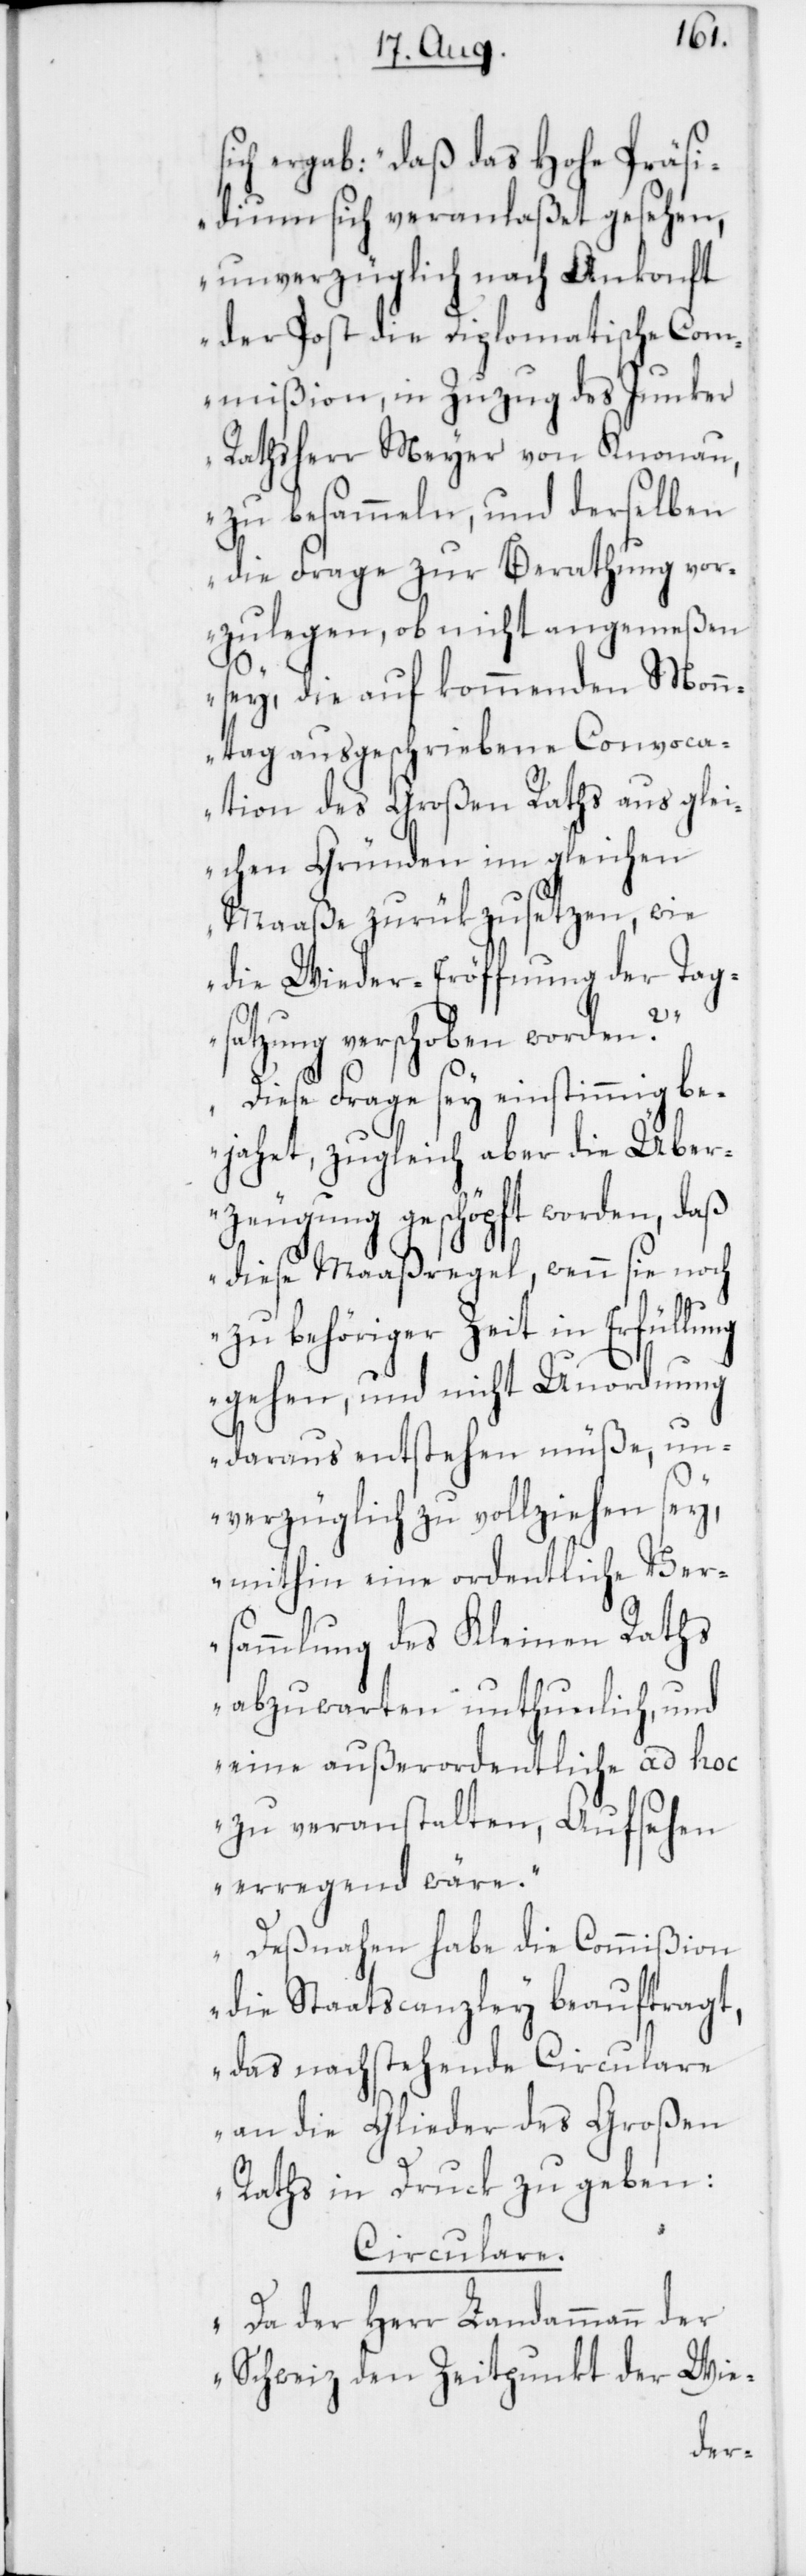
ich ergab: „daß das Hohe Präsi¬
dium sich veranlaßt gesehen,
unverzüglich nach Ankonft
der Post die Diplomatische Com¬
mißion, in Zuzug des Junker
Rathsherr Meyer von Knonau,
zu besammeln, und derselben
die Frage zur Berathung vor¬
zulegen, ob nicht angemeßen
sey, die auf kommenden Monn¬
tag ausgeschriebene Convoca¬
tion des Großen Raths aus glei¬
chen Gründen im gleichen
Maaße zurükzusetzen, wie
die Wieder-Eröffnung der Tag¬
s¬
satzung verschoben worden?
Diese Frage sey einstimmig be¬
jahet, zugleich aber die Über¬
zeugung geschöpft worden, daß
diese Maaßregel, wenn sie noch
zu behöriger Zeit in Erfüllung
gehen, und nicht Unordnung
daraus entstehen müße, un¬
verzüglich zu vollziehen sey,
mithin eine ordentliche Ver¬
sammlung des Kleinen Raths
abzuwarten unthunlich, und
eine außerordentliche ad hoc
zu veranstalten, Aufsehen
erregend wäre.
Deßnahen habe die Commißion
die Staatscanzley beauftragt,
das nachstehende Circulare
an die Glieder des Großen
Raths in Druck zu geben“:
Circulare.
Da der Herr Landammann der
Schweiz den Zeitpunkt der Wie-